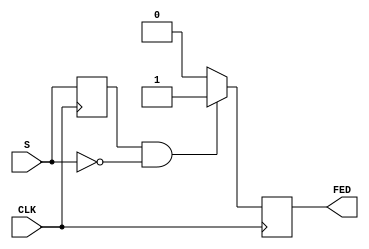
module FallingEdgeDetector (
    input wire S,        // Signal input
    input wire CLK,      // Clock input
    output reg FED       // Falling edge detected output
);

    reg prev_S;          // Register to hold the previous state of the signal

    // Always block triggered on the rising edge of the clock
    always @(posedge CLK) begin
        // Check for falling edge
        if (prev_S == 1'b1 && S == 1'b0) begin
            FED <= 1'b1;  // Falling edge detected
        end else begin
            FED <= 1'b0;  // No falling edge detected
        end
        
        // Update previous state
        prev_S <= S;      // Store current state for next comparison
    end

endmodule